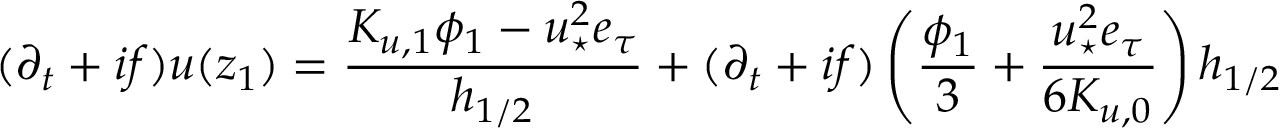
( \partial _ { t } + i f ) u ( z _ { 1 } ) = \frac { K _ { u , 1 } \phi _ { 1 } - { u _ { \star } ^ { 2 } e _ { \tau } } } { h _ { 1 / 2 } } + ( \partial _ { t } + i f ) \left( \frac { \phi _ { 1 } } { 3 } + { \frac { u _ { \star } ^ { 2 } e _ { \tau } } { 6 K _ { u , 0 } } } \right) h _ { 1 / 2 }